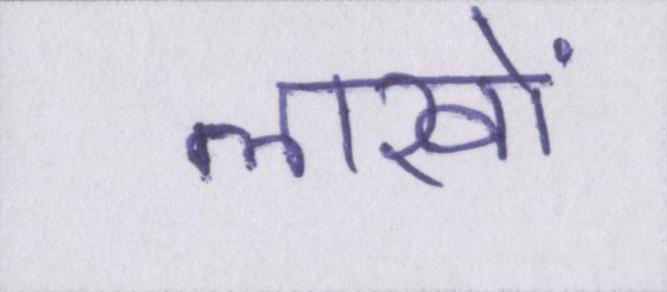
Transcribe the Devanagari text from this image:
लाखों